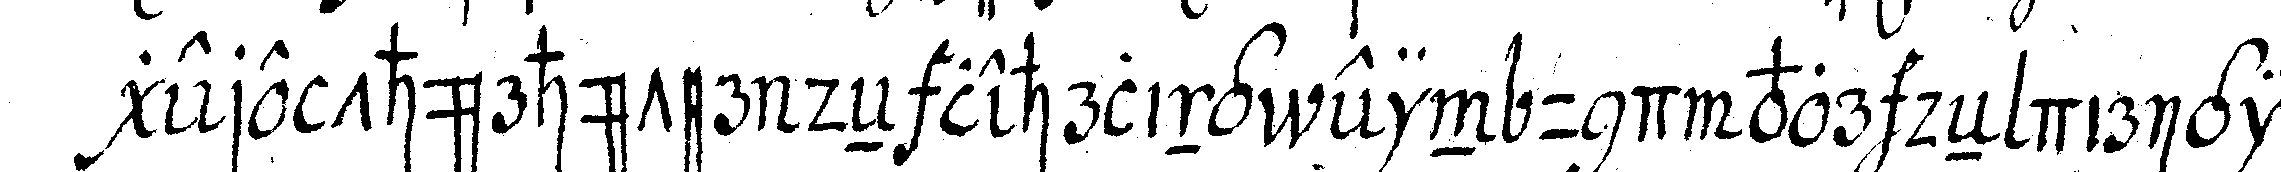
gere thürhüter deN lehrling ein und vor deN dirigireN